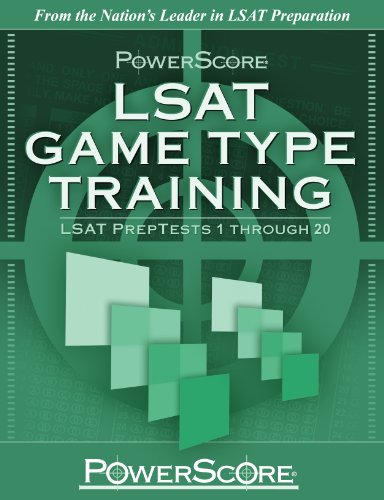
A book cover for PowerScore's LSAT Logic Games: Game Type Training (Volume 1) (Powerscore Test Preparation); David M. Killoran; Test Preparation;